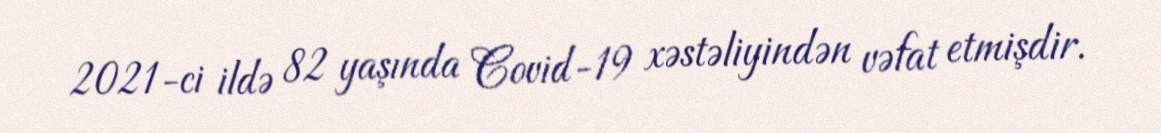
2021-ci ildə 82 yaşında Covid-19 xəstəliyindən vəfat etmişdir.